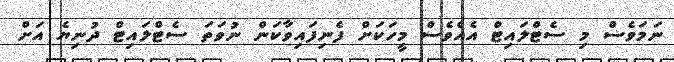
ނަމަވެސް މި ސެޓްލައިޓް އެއްވެސް މީހަކަށް ފެނިފައިވާކަން ނުވަތަ ސެޓްލައިޓް ދުނިޔެ އަށް